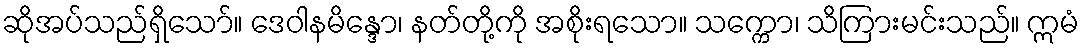
ဆိုအပ်သည်ရှိသော်။ ဒေဝါနမိန္ဒော၊ နတ်တို့ကို အစိုးရသော။ သက္ကော၊ သိကြားမင်းသည်။ ဣမံ